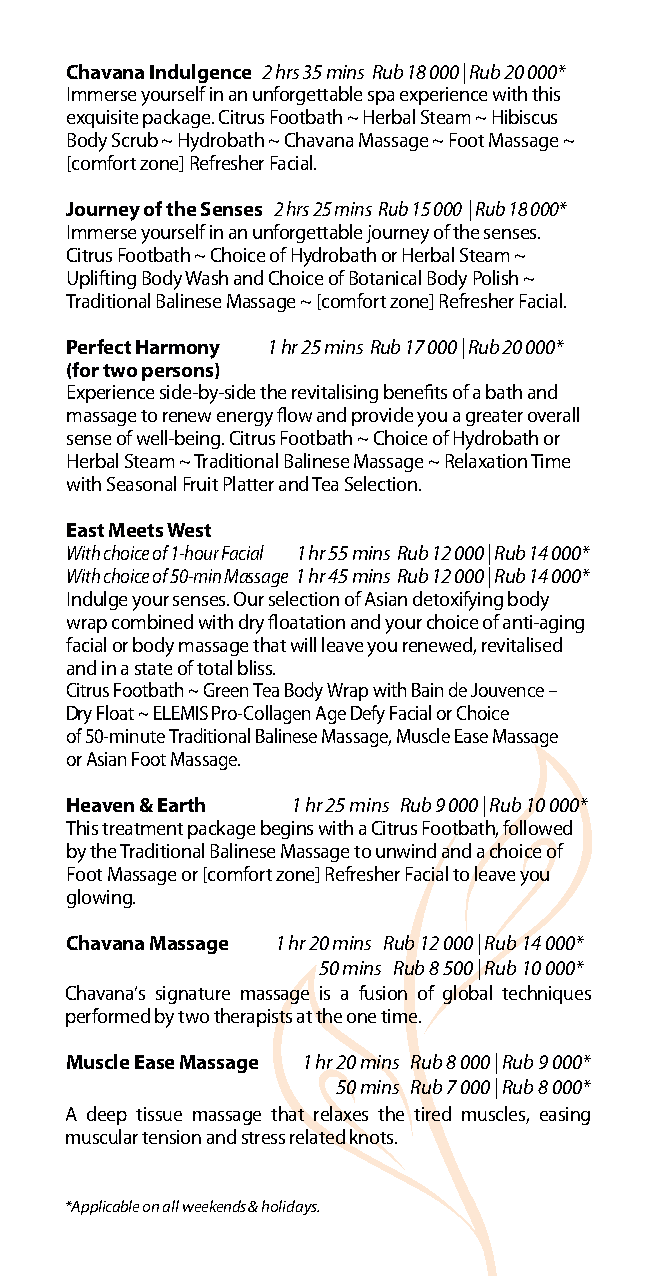
Chavana Indulgence 2 hrs 35 mins Rub 18 000 | Rub 20 000*
 Immerse yourself in an unforgettable spa experience with this
 exquisite package. Citrus Footbath ~ Herbal Steam ~ Hibiscus
 Body Scrub ~ Hydrobath ~ Chavana Massage ~ Foot Massage ~
 [comfort zone] Refresher Facial.
 Journey of the Senses 2 hrs 25 mins Rub 15 000 | Rub 18 000*
 Immerse yourself in an unforgettable journey of the senses.
 Citrus Footbath ~ Choice of Hydrobath or Herbal Steam ~
 Uplifting Body Wash and Choice of Botanical Body Polish ~
 Traditional Balinese Massage ~ [comfort zone] Refresher Facial.
 Perfect Harmony 1 hr 25 mins Rub 17 000 | Rub 20 000*
 (for two persons)
 Experience side-by-side the revitalising benefits of a bath and
 massage to renew energy flow and provide you a greater overall
 sense of well-being. Citrus Footbath ~ Choice of Hydrobath or
 Herbal Steam ~ Traditional Balinese Massage ~ Relaxation Time
 with Seasonal Fruit Platter and Tea Selection.
 East Meets West
 With choice of 1-hour Facial 1 hr 55 mins Rub 12 000 | Rub 14 000*
 With choice of 50-min Massage 1 hr 45 mins Rub 12 000 | Rub 14 000*
 Indulge your senses. Our selection of Asian detoxifying body
 wrap combined with dry floatation and your choice of anti-aging
 facial or body massage that will leave you renewed, revitalised
 and in a state of total bliss.
 Citrus Footbath ~ Green Tea Body Wrap with Bain de Jouvence –
 Dry Float ~ ELEMIS Pro-Collagen Age Defy Facial or Choice
 of 50-minute Traditional Balinese Massage, Muscle Ease Massage
 or Asian Foot Massage.
 Heaven & Earth 1 hr 25 mins Rub 9 000 | Rub 10 000*
 This treatment package begins with a Citrus Footbath, followed
 by the Traditional Balinese Massage to unwind and a choice of
 Foot Massage or [comfort zone] Refresher Facial to leave you
 glowing.
 Chavana Massage 1 hr 20 mins Rub 12 000 | Rub 14 000*
 50 mins Rub 8 500 | Rub 10 000*
 Chavana’s signature massage is a fusion of global techniques
 performed by two therapists at the one time.
 Muscle Ease Massage 1 hr 20 mins Rub 8 000 | Rub 9 000*
 50 mins Rub 7 000 | Rub 8 000*
 A deep tissue massage that relaxes the tired muscles, easing
 muscular tension and stress related knots.
 *Applicable on all weekends & holidays.